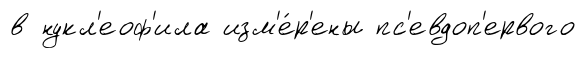
в нукл'еоф'ила изм'е́р'ены пс'евдоп'ервого